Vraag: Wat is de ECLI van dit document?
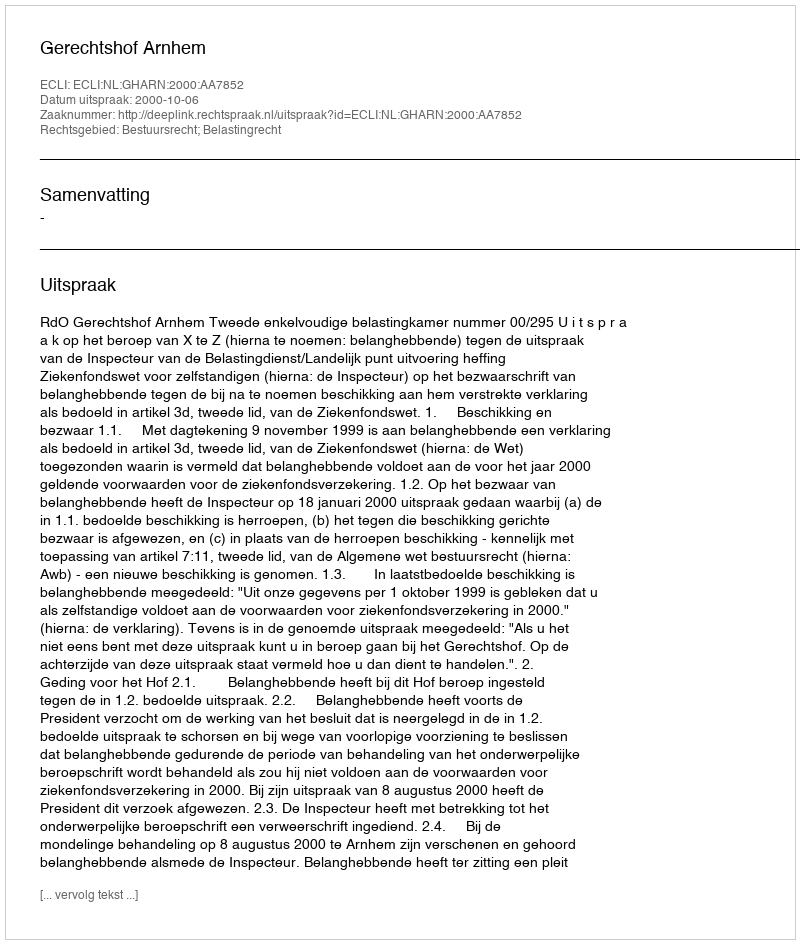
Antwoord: ECLI:NL:GHARN:2000:AA7852